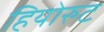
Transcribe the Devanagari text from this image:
हियोरुट